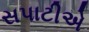
સપાટીએ